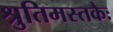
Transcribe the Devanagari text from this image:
श्रुतिमस्तकैः